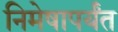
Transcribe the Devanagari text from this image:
निमेषापर्यंत